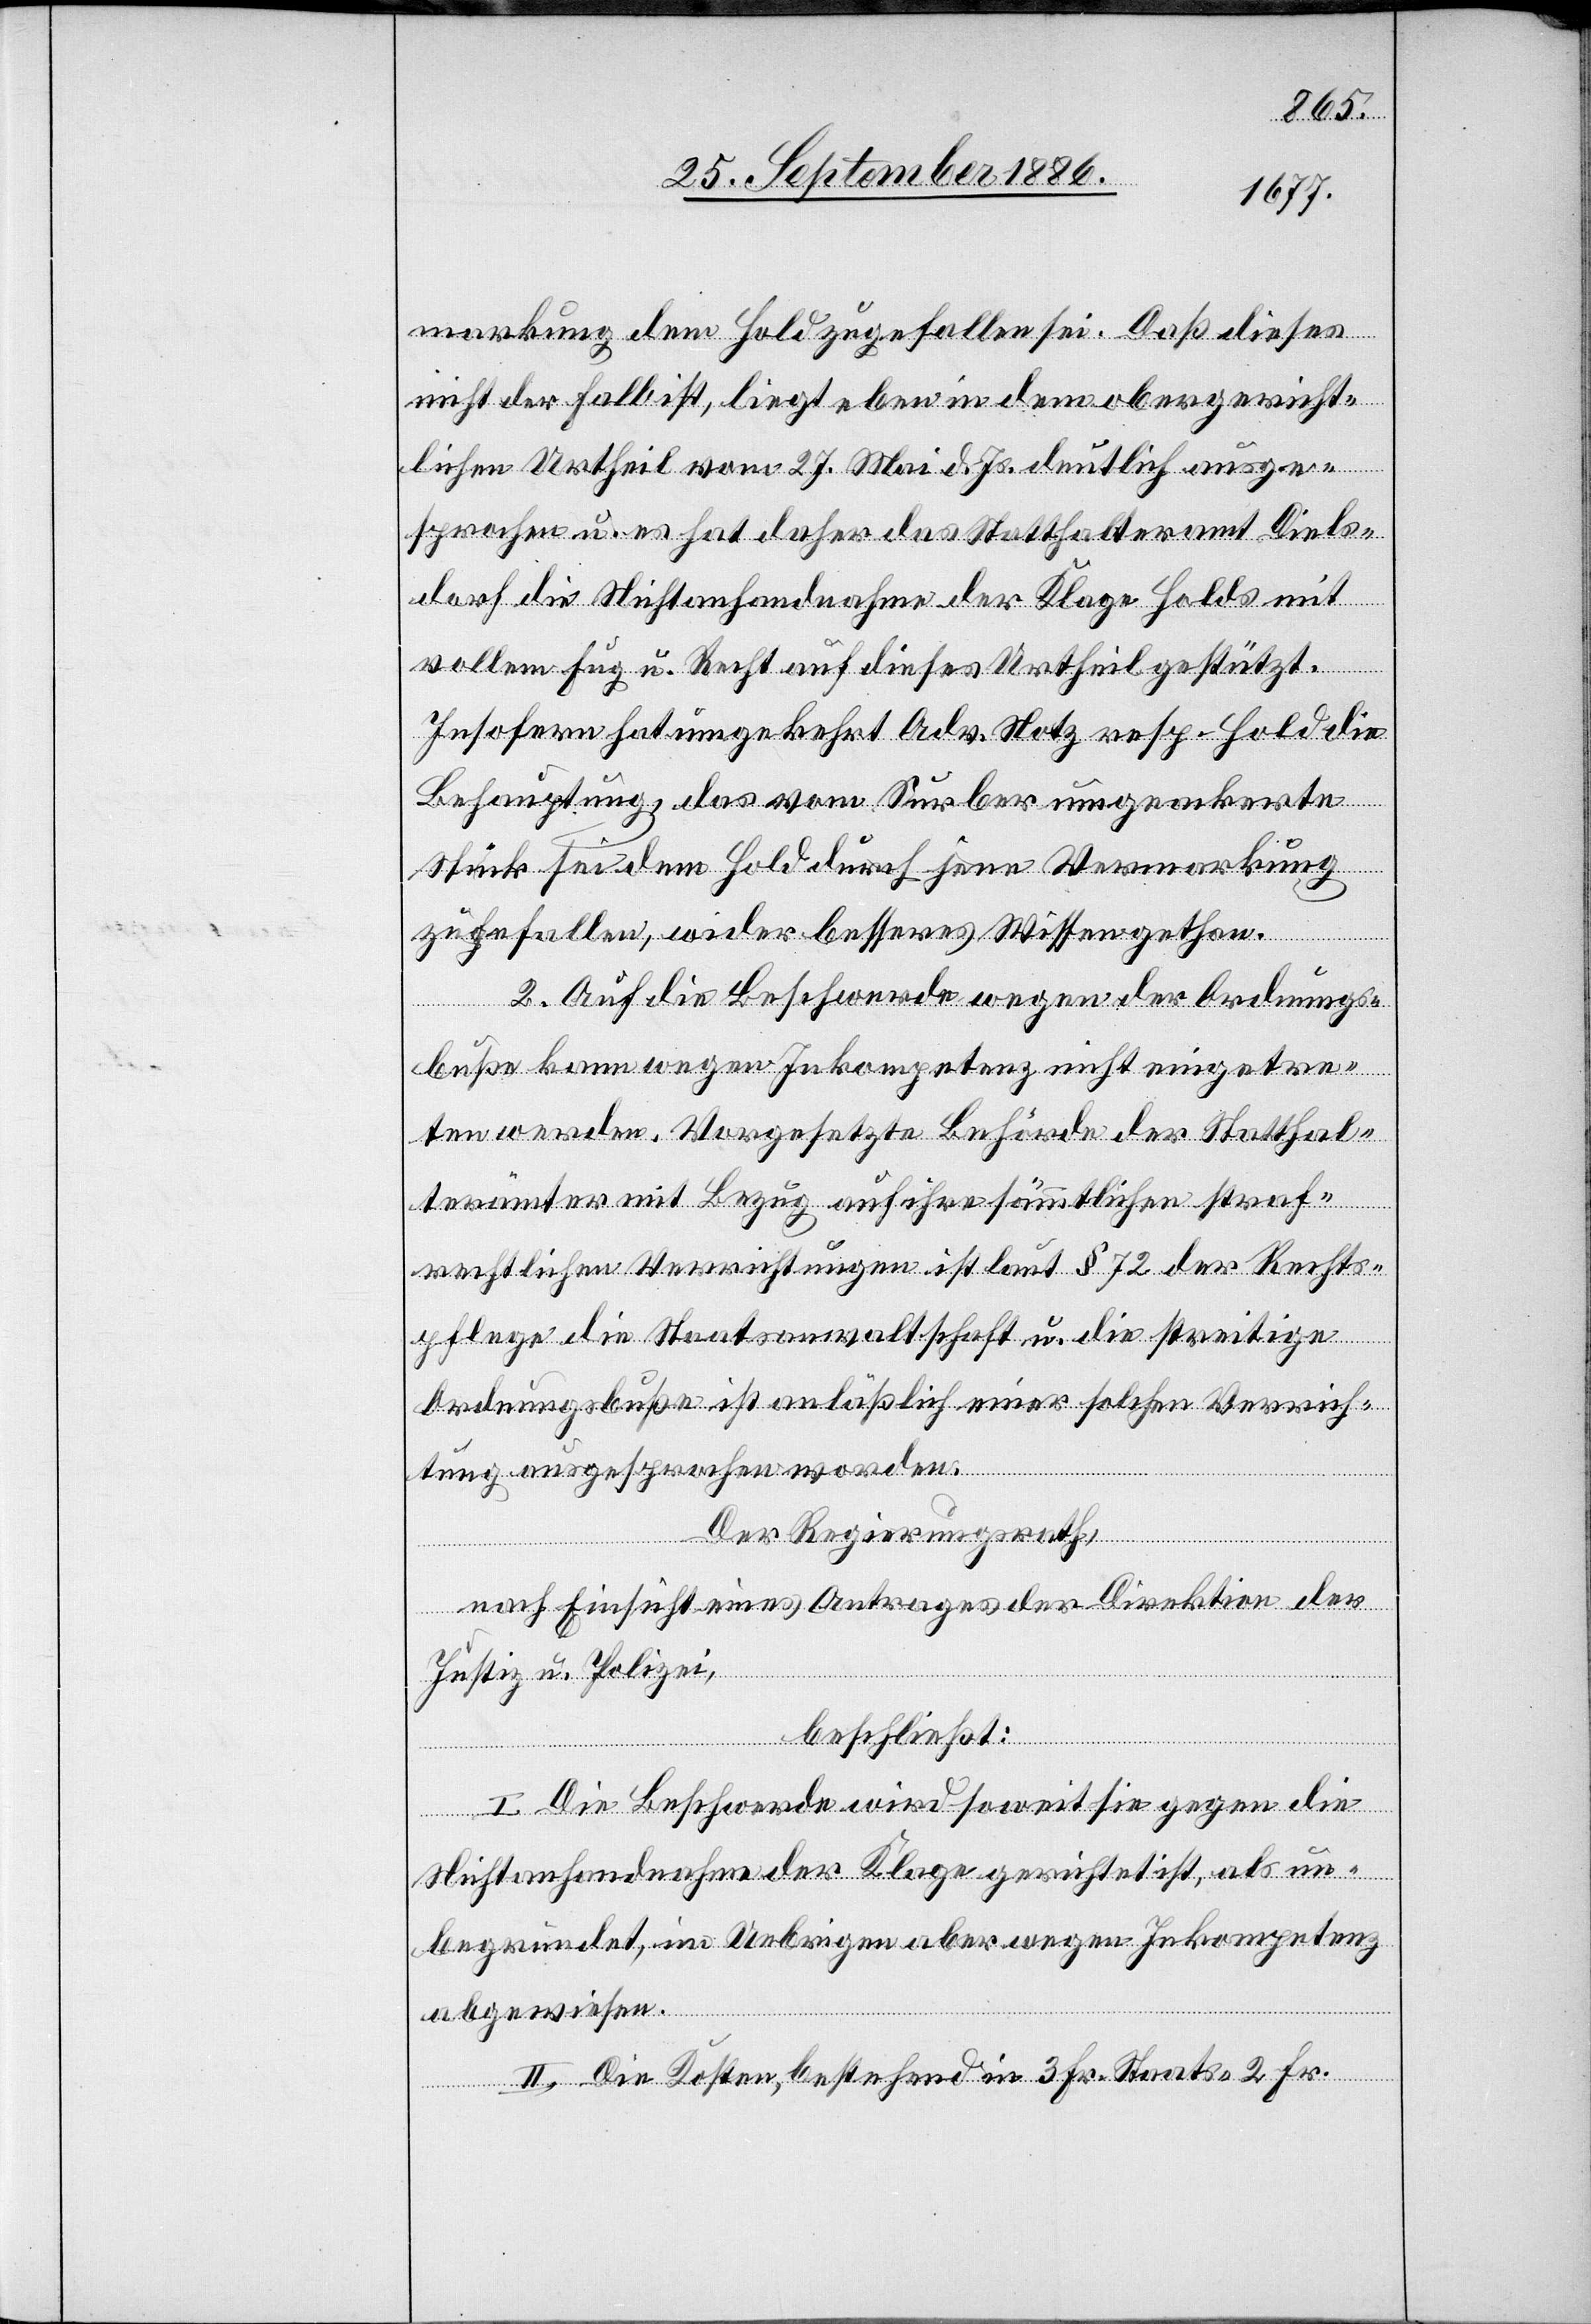
markung dem Hold zugefallen sei. Daß dieses
nicht der Fall ist, liegt eben in dem obergericht¬
lichen Urtheil vom 27. Mai d. Js. deutlich ausge¬
sprochen u. es hat daher das Statthalteramt Diels¬
dorf die Nichtanhandnahme der Klage Holds mit
vollem Fug u. Recht auf dieses Urtheil gestützt.
Insofern hat umgekehrt Adv. Notz resp. Hold die
Behauptung, das vom [sic!] Surber umgeackerte
Stück sei dem Hold durch jene Vermarkung
zugefallen, wider besseres Wissen gethan.
2. Auf die Beschwerde wegen der Ordnungs¬
buße kann wegen Inkompetenz nicht eingetre¬
ten werden. Vorgesetzte Behörde der Statthal¬
terämter mit Bezug auf ihre sämmtlichen straf¬
rechtlichen Verrichtungen ist laut § 72 der Rechts¬
pflege die Staatsanwaltschaft u. die streitige
Ordnungsbuße ist anläßlich einer solchen Verrich¬
tung ausgesprochen worden.
Der Regierungsrath,
nach Einsicht eines Antrages der Direktion der
Justiz u. Polizei.
beschließt:
I. Die Beschwerde wird soweit sie gegen die
Nichtanhandnahme der Klage gerichtet ist, als un¬
begründet, im Uebrigen aber wegen Inkompetenz
abgewiesen.
II. Die Kosten, bestehend in 3 Fr. Staats- 2 Fr.